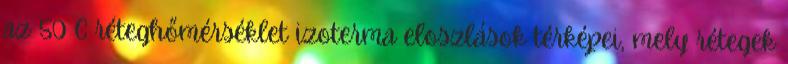
az 50 C réteghőmérséklet izoterma eloszlások térképei, mely rétegek